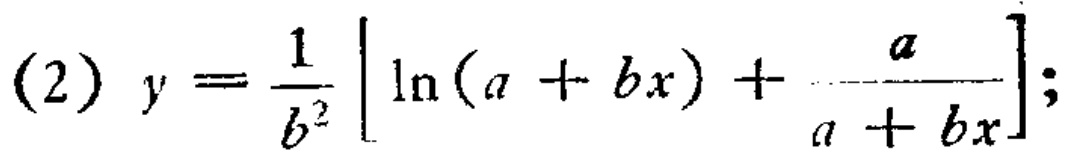
(2) \(y = \frac{1}{b^{2}} \left[ \ln(a + bx) + \frac{a}{a + bx} \right];\)